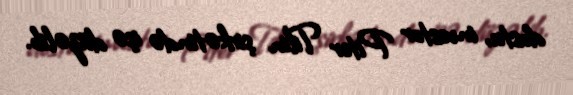
dostu, investor Piter Tilin şirkətində işə düzəlib.